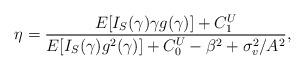
LaTeX: \begin{align*} \eta = \frac{E[I_S(\gamma )\gamma g(\gamma)] + C_1^U}{E[I_S(\gamma )g^2(\gamma)] + C_0^U - \beta^2 + \sigma_v^2/A^2},\end{align*}